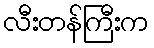
လီးတန်ကြီးက